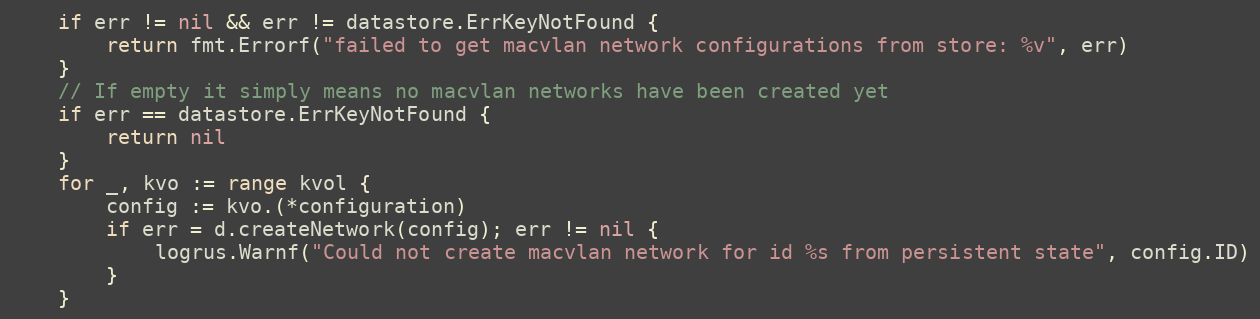
Language: Go
	if err != nil && err != datastore.ErrKeyNotFound {
		return fmt.Errorf("failed to get macvlan network configurations from store: %v", err)
	}
	// If empty it simply means no macvlan networks have been created yet
	if err == datastore.ErrKeyNotFound {
		return nil
	}
	for _, kvo := range kvol {
		config := kvo.(*configuration)
		if err = d.createNetwork(config); err != nil {
			logrus.Warnf("Could not create macvlan network for id %s from persistent state", config.ID)
		}
	}